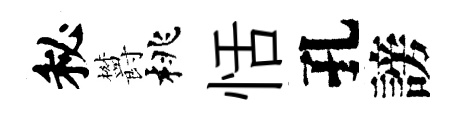
秘欝桃恬孔謗